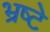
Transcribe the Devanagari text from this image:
भ्रष्टे